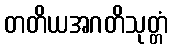
တတိယအဂတိသုတ္တံ